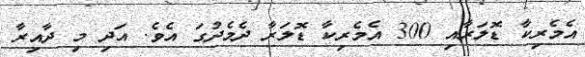
އެމެރިކާ ޑޮލަރާއި 300 އެމެރިކާ ޑޮލަރާ ދެމެދުގަ އެވެ. އަދި މި ދާއިރާ